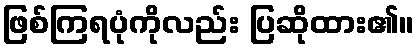
ဖြစ်ကြရပုံကိုလည်း ပြဆိုထား၏။